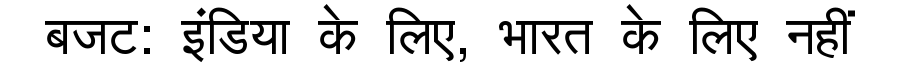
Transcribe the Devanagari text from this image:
बजट: इंडिया के लिए, भारत के लिए नहीं